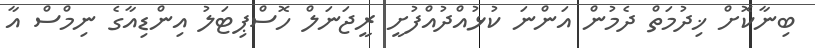
ބިނާކޮށް ޚިދުމަތް ދެމުން އަންނަ ކުޅުއްދުއްފުށީ ރީޖަނަލް ހޮސްޕިޓަލު އިންޑިއާގެ ނިމްސް އާ